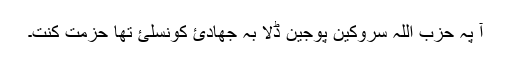
آ پہ حزب اللہ سروکین پوجین ڈلا بہ جھادئ کونسلئ تھا حزمت کنت۔